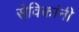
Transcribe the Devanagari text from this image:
सेविकांनी